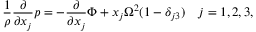
\frac { 1 } { \rho } \frac { \partial } { \partial x _ { j } } p = - \frac { \partial } { \partial x _ { j } } \Phi + x _ { j } \Omega ^ { 2 } ( 1 - \delta _ { j 3 } ) \quad j = 1 , 2 , 3 ,